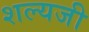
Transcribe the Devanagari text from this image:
शल्यजी